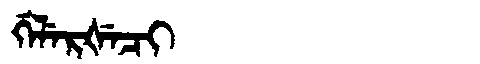
Manchu: ᡤᡝᠯᡝᡵᡧᡝᠴᡳ
Romanization: GELERŠECI